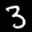
Label: 3